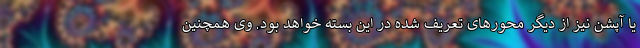
یا آپشن نیز از دیگر محورهای تعریف شده در این بسته خواهد بود. وی همچنین